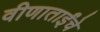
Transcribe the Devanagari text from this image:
वीणाताईंचे